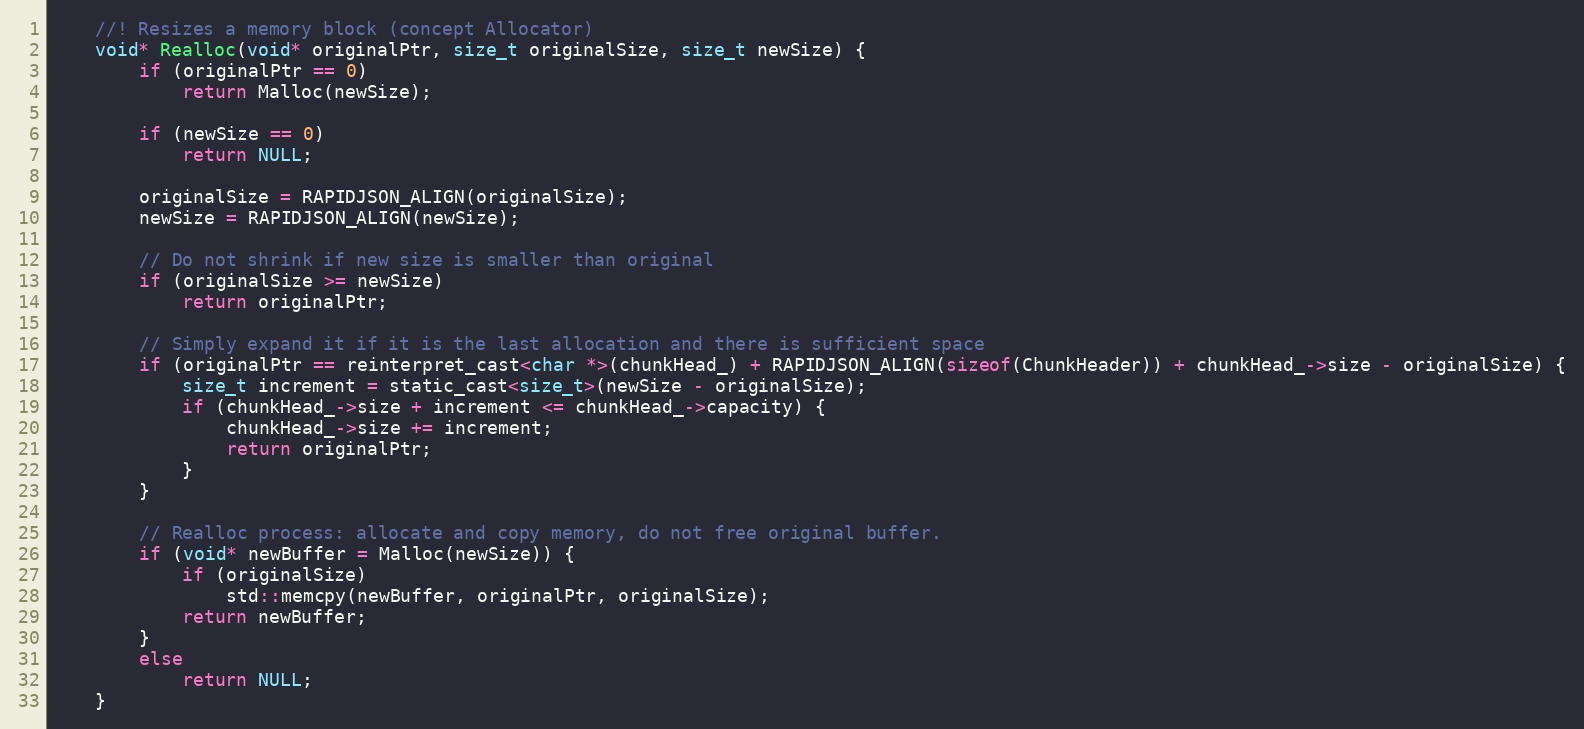
Language: C
    //! Resizes a memory block (concept Allocator)
    void* Realloc(void* originalPtr, size_t originalSize, size_t newSize) {
        if (originalPtr == 0)
            return Malloc(newSize);

        if (newSize == 0)
            return NULL;

        originalSize = RAPIDJSON_ALIGN(originalSize);
        newSize = RAPIDJSON_ALIGN(newSize);

        // Do not shrink if new size is smaller than original
        if (originalSize >= newSize)
            return originalPtr;

        // Simply expand it if it is the last allocation and there is sufficient space
        if (originalPtr == reinterpret_cast<char *>(chunkHead_) + RAPIDJSON_ALIGN(sizeof(ChunkHeader)) + chunkHead_->size - originalSize) {
            size_t increment = static_cast<size_t>(newSize - originalSize);
            if (chunkHead_->size + increment <= chunkHead_->capacity) {
                chunkHead_->size += increment;
                return originalPtr;
            }
        }

        // Realloc process: allocate and copy memory, do not free original buffer.
        if (void* newBuffer = Malloc(newSize)) {
            if (originalSize)
                std::memcpy(newBuffer, originalPtr, originalSize);
            return newBuffer;
        }
        else
            return NULL;
    }